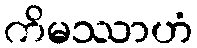
ကိမဿာဟံ